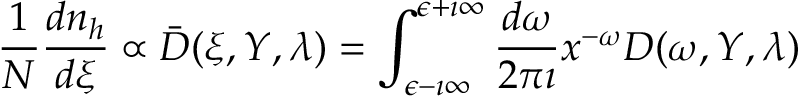
\frac { 1 } { N } \frac { d n _ { h } } { d \xi } \propto \bar { D } ( \xi , Y , \lambda ) = \int _ { \epsilon - \imath \infty } ^ { \epsilon + \imath \infty } \frac { d \omega } { 2 \pi \imath } x ^ { - \omega } D ( \omega , Y , \lambda )